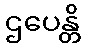
ဌပေန္တိ